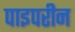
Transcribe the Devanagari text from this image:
पाइपरीन